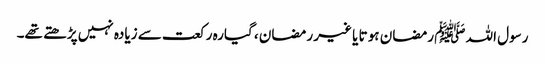
رسول اللہ ﷺ رمضان ہو تا یا غیر رمضان ، گیارہ رکعت سے زیادہ نہیں پڑھتے تھے۔